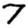
Digit: 7